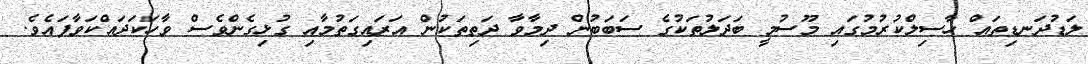
ލަޑުދަނޑިތައް ހާސިލްކުރުމުގައި މޫސުމީ ބަދަލުތަކުގެ ސަބަބުން ދިމާވާ ދަތިތަކުން އަރައިގަތުމާއި ގުޅިގެންވެސް ވާހަކަދައްކަވާފައެވެ.